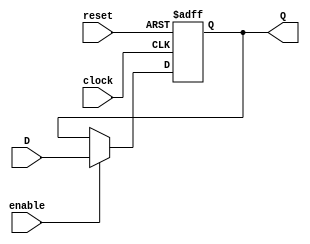
module programCounter #(parameter LENGTH = 32)(
	input clock,reset,enable,
	input [LENGTH-1:0]D,
	output reg [LENGTH-1:0]Q
	);

initial 
	begin
		Q <= 32'h00000000;
	end
//To register program counter	
always @(posedge clock, posedge reset) 
	begin
		if(reset) 
            Q <= {LENGTH{1'b0}};
        else
			if(enable)
				Q <= D;
				else
					Q <= Q;
	end

endmodule